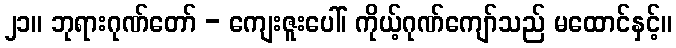
၂၁။ ဘုရားဂုဏ်တော် - ကျေးဇူးပေါ်၊ ကိုယ့်ဂုဏ်ကျော်သည် မထောင်နှင့်။